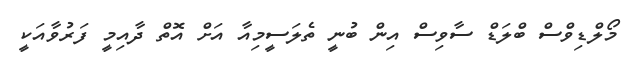
މޯލްޑިވްސް ބްލަޑް ސާވިސް އިން ބުނީ ތެލަސީމިއާ އަށް އޮތް ދާއިމީ ފަރުވާއަކީ